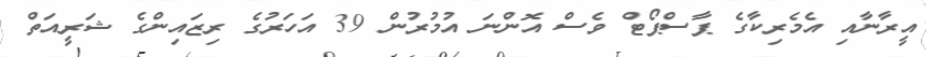
އީރާނާއި އެމެރިކާގެ ޕާސްޕޯޓް ވެސް އޮންނަ އުމުރުން 39 އަހަރުގެ ރިޒައިންގެ ޝަރީއަތް